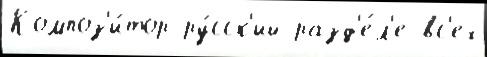
Композ'и́тор ру́сск'ий разд'е́л'е вс'ех